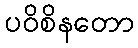
ပဝိစိနတော